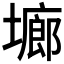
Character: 𭏱